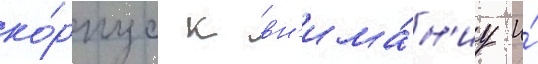
ко́рпус к вн'има́н'иу и́